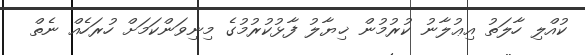
ކުއްލި ހާލަތު އިޢުލާނު ކުރުމުން ޚިޔާލު ފާޅުކުރުމުގެ މިނިވަންކަމަށް ހުރަހެއް ނެތް